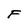
Character: F